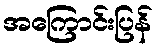
အကြောင်းပြန်